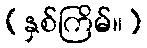
(နှစ်ကြိမ်။)